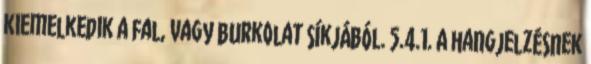
kiemelkedik a fal, vagy burkolat síkjából. 5.4.1. A hangjelzésnek